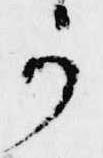
か